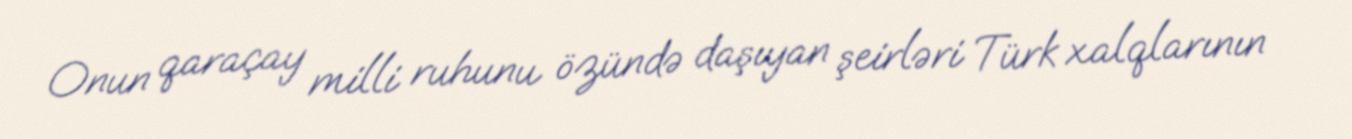
Onun qaraçay milli ruhunu özündə daşıyan şeirləri Türk xalqlarının